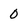
Character: 0